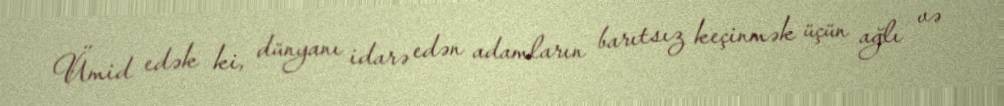
Ümid edək ki, dünyanı idarə edən adamların barıtsız keçinmək üçün ağlı və